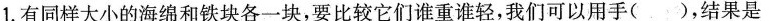
1.有同样大小的海绵和铁块各一块，要比较它们谁重谁轻，我们可以用手( )，结果是